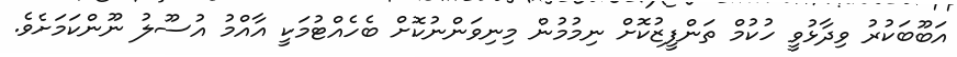
އަބޫބަކުރު ވިދާޅުވީ ހުކުމް ތަންފީޒުކޮށް ނިމުމުން މިނިވަންނުކޮށް ބެހެެއްޓުމަކީ އާއްމު އުސޫލު ނޫންކަމަށެވެ.